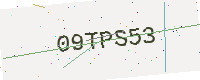
Text: 09TPS53